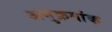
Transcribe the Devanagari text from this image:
अमुक्रमांक